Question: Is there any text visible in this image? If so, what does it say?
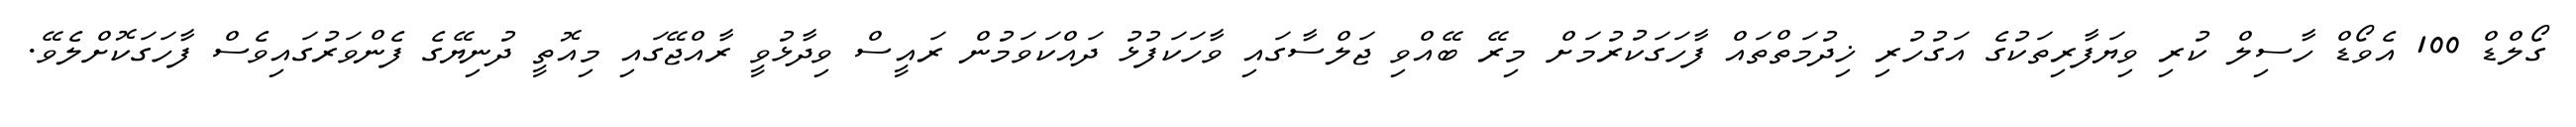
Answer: ގޯލްޑް 100 އެވޯޑް ހާސިލް ކުރި ވިޔަފާރިތަކުގެ އަގުހުރި ޚިދުމަތްތައް ފާހަގަކުރުމަށް މިރޭ ބޭއްވި ޖަލްސާގައި ވާހަކަފުޅު ދައްކަވަމުން ރައީސް ވިދާޅުވީ ރާއްޖޭގައި މިއޮތީ ދުނިޔޭގެ ފެންވަރުގައިވެސް ފާހަގަކޮށްލެވޭ.